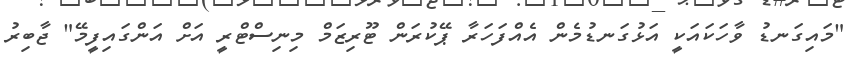
"މައިގަނޑު ވާހަކައަކީ އަޅުގަނޑުމެން އެއްފަހަރާ ޕޭކުރަން ޓޫރިޒަމް މިނިސްޓްރީ އަށް އަންގައިފީމޭ" ޖާބިރު